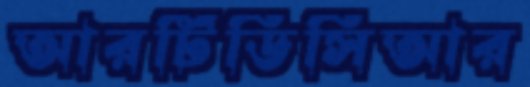
আরটিডিসিআর